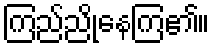
ကြည်ညိုနေကြ၏။